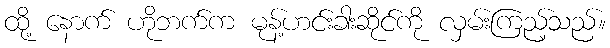
ထို့ နောက် ဟိုဘက်က မုန့်ဟင်းခါးဆိုင်ကို လှမ်းကြည့်သည်။